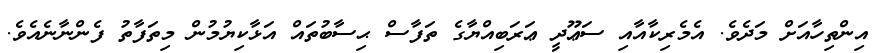
އިންތިހާއަށް މަދެވެ. އެމެރިކާއާއި ސަޢޫދީ ޢަރަބިއްޔާގެ ތަފާސް ޙިސާބުތައް އަޅާކިޔުމުން މިތަފާތު ފެންނާނެއެވެ.